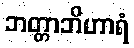
ဘတ္တာဘိဟာရံ